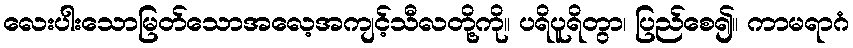
လေးပါးသောမြတ်သောအလေ့အကျင့်သီလတို့ကို။ ပရိပူရိတွာ၊ ပြည်စေ၍။ ကာမရာဂံ